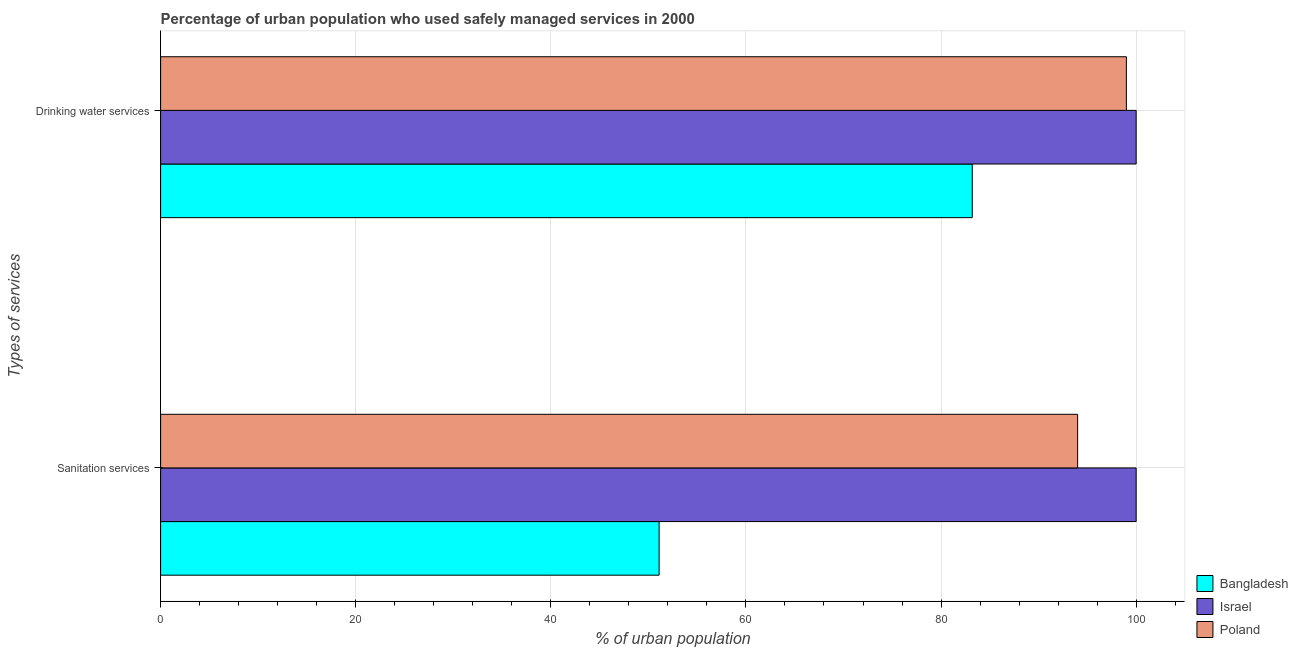
| Types of services | Bangladesh | Israel | Poland |
 | --- | --- | --- | --- |
 | Sanitation services | 51.1 | 100 | 94 |
 | Drinking water services | 83.2 | 100 | 99 |